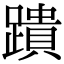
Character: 蹪